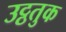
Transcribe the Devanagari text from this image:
उट्ठतुक